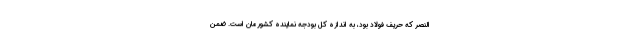
النصر که حریف فولاد بود، به اندازه کل بودجه نماینده کشورمان است. ضمن